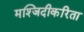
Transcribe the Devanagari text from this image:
मश्जिदीकरिता